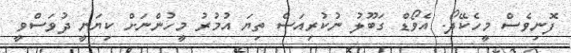
ފޮނިވެސް މީހެކޭދޯ. އެވޯޑް ގަބޫލު ނުކުރިއަސް ތިޔަ އުމުރު މީހުންނަށް ކިޔަނީ ދުވަސްވީ